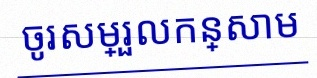
ចូរសម្រួលកន្សោម